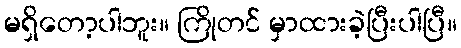
မရှိတော့ပါဘူး။ ကြိုတင် မှာထားခဲ့ပြီးပါပြီ။